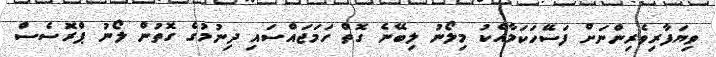
ވިޔަފާރިވެރިންނަށް ފަސޭހަކަމާއެކު މިލޯނު ލިބޭނެ ގޮތް ހަމަޖައްސައި ދިނުމުގެ ގޮތުން ލޯނު ޕްރޮސެސް